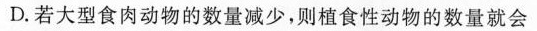
D.若大型食肉动物的数量减少，则植食性动物的数量就会